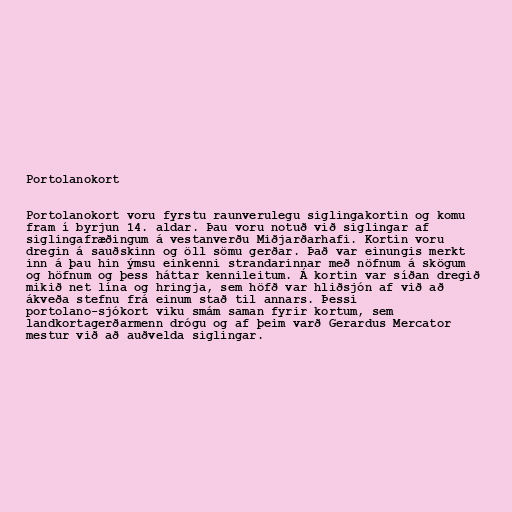
Portolanokort

Portolanokort voru fyrstu raunverulegu siglingakortin og komu
fram í byrjun 14. aldar. Þau voru notuð við siglingar af
siglingafræðingum á vestanverðu Miðjarðarhafi. Kortin voru
dregin á sauðskinn og öll sömu gerðar. Það var einungis merkt
inn á þau hin ýmsu einkenni strandarinnar með nöfnum á skögum
og höfnum og þess háttar kennileitum. Á kortin var síðan dregið
mikið net lína og hringja, sem höfð var hliðsjón af við að
ákveða stefnu frá einum stað til annars. Þessi
portolano-sjókort viku smám saman fyrir kortum, sem
landkortagerðarmenn drógu og af þeim varð Gerardus Mercator
mestur við að auðvelda siglingar.